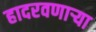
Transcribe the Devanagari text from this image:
हादरवणार्‍या